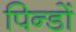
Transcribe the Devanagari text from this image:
पिन्डों